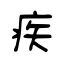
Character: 疾